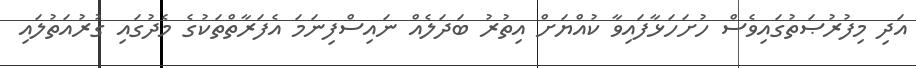
އަދި މިފުރުޞަތުގައިވެސް ހުށަހަޅާފައިވާ ކުއްޔަށް އިތުރު ބަދަލެއް ނައިސްފިނަމަ އެފަރާތްތަކުގެ މެދުގައި ގުރުއަތުލައި